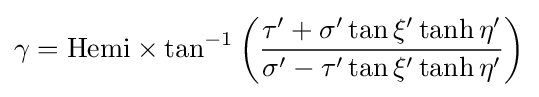
\gamma =\mathrm {H} \mathrm {e} \mathrm {m} \mathrm {i} \times \tan ^{-1}\left({\frac {\tau '+\sigma '\tan \xi '\tanh \eta '}{\sigma '-\tau '\tan \xi '\tanh \eta '}}\right)